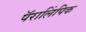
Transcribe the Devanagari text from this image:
पॅरालिंपिक